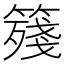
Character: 䉔